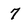
Character: 7